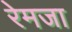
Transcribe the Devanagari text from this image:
रेमजा